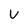
Character: V